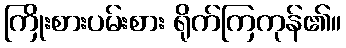
ကြိုးစားပမ်းစား ရိုက်ကြကုန်၏။